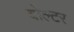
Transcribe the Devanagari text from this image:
वोल्टर